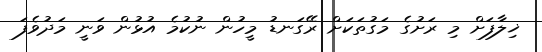
ޚިލާފަށް މި ރަށުގެ މަގުތަކަށް ރޭގަނޑު މީހުން ނުކުމެ އުޅުން ވަނީ މަދުވެފަ